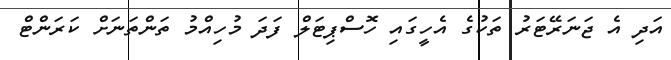
އަދި އެ ޖަނަރޭޓަރު ތަކުގެ އެހީގައި ހޮސްޕިޓަލް ފަދަ މުހިއްމު ތަންތަނަށް ކަރަންޓް